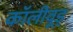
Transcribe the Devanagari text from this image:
कॉलीवूड्